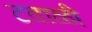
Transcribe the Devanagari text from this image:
टवाळी